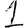
Digit: 1